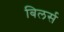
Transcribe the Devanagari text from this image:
बिलर्स